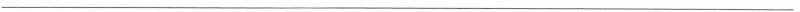
___